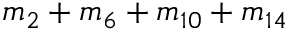
m _ { 2 } + m _ { 6 } + m _ { 1 0 } + m _ { 1 4 }